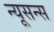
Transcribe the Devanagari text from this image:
न्यूसन्स